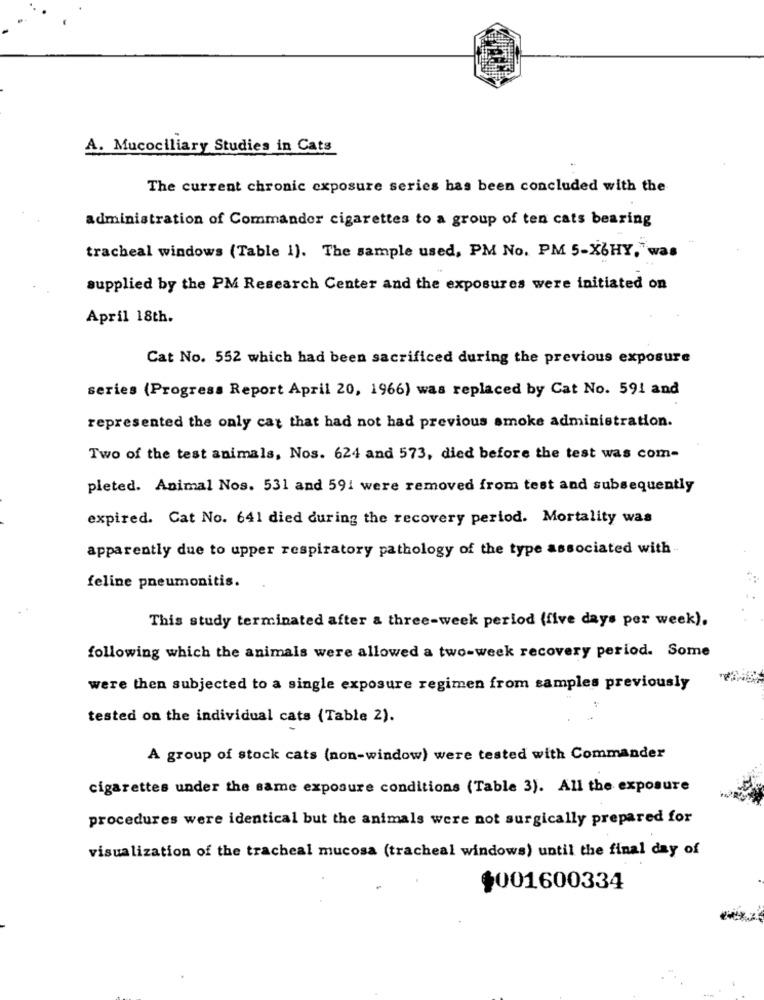
A. Mucociliary Studies in Cats
The current chronic exposure series has been concluded with the
administration of Commander cigarettes to a group of ten cats bearing
tracheal windows (Table 1). The sample used, PM No. PM 5-X6HY,"was
supplied by the PM Research Center and the exposures were initiated on
April 18th.
Cat No. 552 which had been sacrificed during the previous exposure
series (Progress Report April 20, 1966) was replaced by Cat No. 591 and
represented the only cat that had not had previous smoke administration.
Two of the test animals, Nos. 624 and 573, died before the test was com-
pleted. Animal Nos. 531 and 591 were removed from test and subsequently
expired. Cat No. 641 died during the recovery period. Mortality was
apparently due to upper respiratory pathology of the type associated with
feline pneumonitis.
This study terminated after a three-week period (five days per week).
following which the animals were allowed a two-week recovery period. Some
were then subjected to a single exposure regimen from samples previously
tested on the individual cats (Table 2).
A group of stock cats (non-window) were tested with Commander
cigarettes under the same exposure conditions (Table 3). All the exposure
procedures were identical but the animals were not surgically prepared for
visualization of the tracheal mucosa (tracheal windows) until the final day of
$001600334